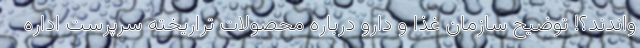
واندند؟! توضیح سازمان غذا و دارو درباره محصولات تراریخته‌ سرپرست اداره